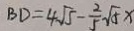
B D = 4 \sqrt { 5 } - \frac { 2 } { 5 } \sqrt { 5 } x